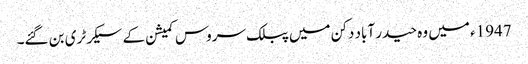
1947ء میں وہ حیدر آباد دکن میں پبلک سروس کمیشن کے سیکرٹری بن گئے۔